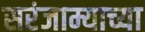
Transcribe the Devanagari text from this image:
सरंजाम्याच्या